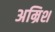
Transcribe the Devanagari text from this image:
अम्रिश